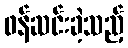
ဖန်ဆင်းခဲ့သည့်